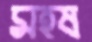
মহষ